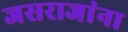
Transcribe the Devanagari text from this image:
जसराजांना